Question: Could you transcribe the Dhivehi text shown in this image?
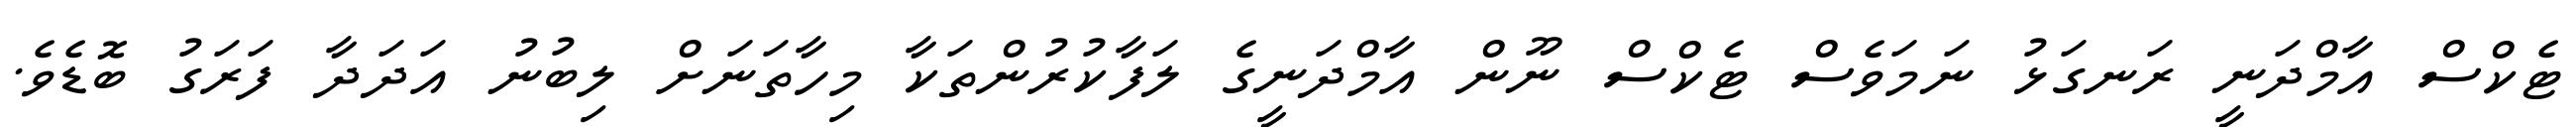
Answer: ޓެކްސް އާމްދަނީ ރަނގަޅު ނަމަވެސް ޓެކްސް ނޫން އާމްދަނީގެ ލަފާކުރުންތަކާ މިހާތަނަށް ލިބުނު އަދަދާ ފަރަގު ބޮޑެވެ.